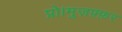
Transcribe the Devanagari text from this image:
प्रो।मुज़फ़्फ़र